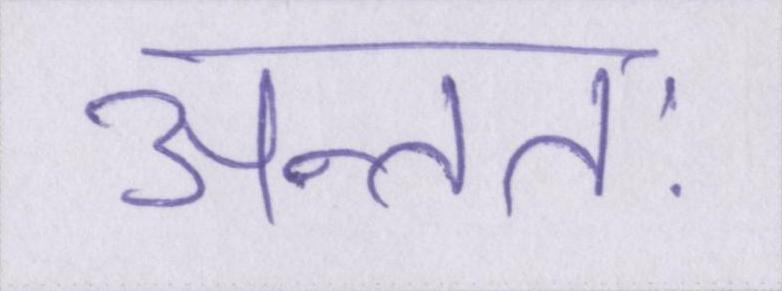
अन्ततः